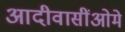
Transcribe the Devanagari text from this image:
आदीवासींओमे